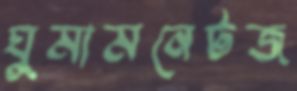
ঘুমামনেটজ